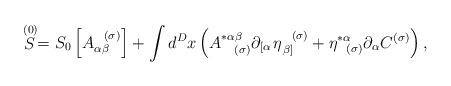
LaTeX: \begin{align*}\stackrel{(0)}{S}=S_{0}\left[ A_{\alpha \beta }^{\;\;\;(\sigma )}\right]+\int d^{D}x\left( A_{\;\;\;\;(\sigma )}^{*\alpha \beta }\partial _{\left[\alpha \right. }\eta _{\left. \beta \right] }^{\;\;\;(\sigma )}+\eta_{\;\;\;(\sigma )}^{*\alpha }\partial _{\alpha }C^{(\sigma )}\right) ,\end{align*}